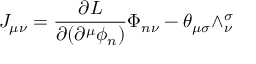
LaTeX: J _ { \mu \nu } = \frac { \partial { \cal L } } { \partial ( \partial ^ { \mu } \phi _ { n } ) } \Phi _ { n \nu } - \theta _ { \mu \sigma } \wedge _ { \nu } ^ { \sigma }